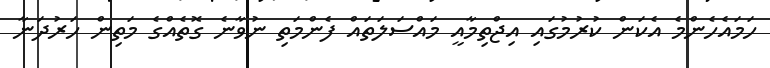
ހަމައެހެންމެ އެކަން ކުރުމުގައި އިޖްތިމާއީ މައްސަލަތައް ފެންމަތި ނުވާނެ ގޮތެއްގެ މަތިން ހަރުދަނާ